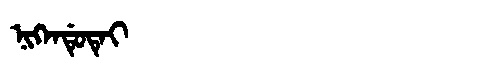
Manchu: ᠨᡳᡴᡝᠨᡩᡠᡨᡝᡳ
Romanization: NIKENDUTEI